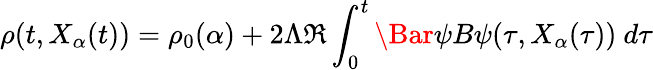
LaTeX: \rho(t,X_{\alpha}(t))=\rho_{0}(\alpha)+2\Lambda\Re\int_{0}^{t}\Bar{\psi}B\psi(\tau,X_{\alpha}(\tau))\ d\tau